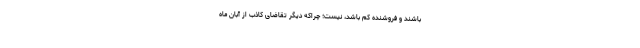
باشند و فروشنده کم باشد، نیست؛ چراکه دیگر تقاضای کاذب از آبان ماه